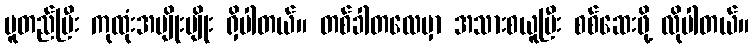
မူတည်ပြီး ကုထုံးအမျိုးမျိုး ရှိပါတယ်။ တစ်ခါတလေမှာ အသားစယူပြီး စစ်ဆေးဖို့ လိုပါတယ်။